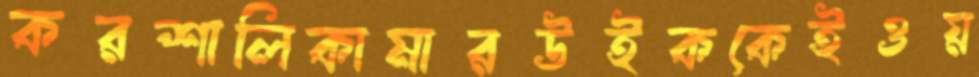
করশালিকামারউইককেইওয়